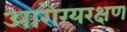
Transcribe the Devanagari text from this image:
आरोग्यरक्षण